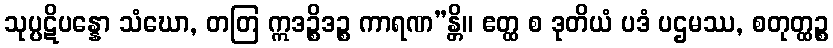
သုပ္ပဋိပန္နော သံဃော, တတြ ဣဒဉ္စိဒဉ္စ ကာရဏ”န္တိ။ ဧတ္ထ စ ဒုတိယံ ပဒံ ပဌမဿ, စတုတ္ထဉ္စ